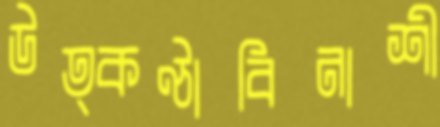
উত্কণ্ঠাবিনাশী